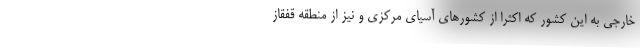
خارجی به این کشور که اکثرا از کشورهای آسیای مرکزی و نیز از منطقه قفقاز